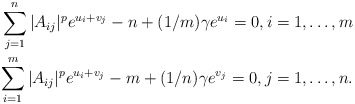
\begin{align*}\sum_{j=1}^n|A_{ij}|^pe^{u_i+v_j} - n + (1/m)\gamma e^{u_i}= 0,i = 1,\ldots,m\\\sum_{i=1}^m|A_{ij}|^pe^{u_i+v_j} - m + (1/n)\gamma e^{v_j} = 0,j = 1,\ldots,n.\end{align*}